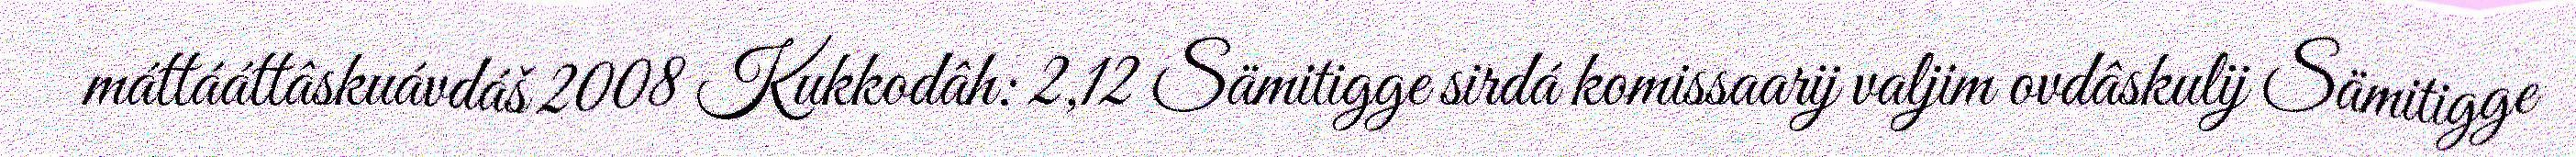
máttááttâskuávdáš 2008 Kukkodâh: 2,12 Sämitigge sirdá komissaarij valjim ovdâskulij Sämitigge